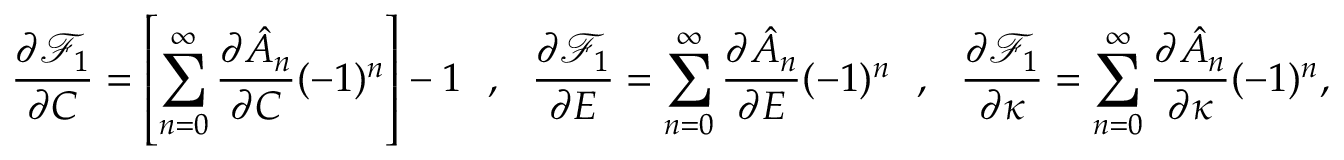
\frac { \partial \mathcal { F } _ { 1 } } { \partial C } = \left[ \sum _ { n = 0 } ^ { \infty } \frac { \partial \hat { A } _ { n } } { \partial C } ( - 1 ) ^ { n } \right] - 1 ~ ~ , ~ ~ \frac { \partial \mathcal { F } _ { 1 } } { \partial E } = \sum _ { n = 0 } ^ { \infty } \frac { \partial \hat { A } _ { n } } { \partial E } ( - 1 ) ^ { n } ~ ~ , ~ ~ \frac { \partial \mathcal { F } _ { 1 } } { \partial \kappa } = \sum _ { n = 0 } ^ { \infty } \frac { \partial \hat { A } _ { n } } { \partial \kappa } ( - 1 ) ^ { n } ,